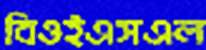
বিওইএসএল